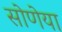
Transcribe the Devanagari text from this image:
सोणेया